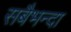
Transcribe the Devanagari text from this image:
सबैभन्दा